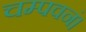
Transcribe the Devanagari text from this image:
चम्पवनं।